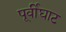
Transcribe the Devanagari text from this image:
पूर्वीघाट